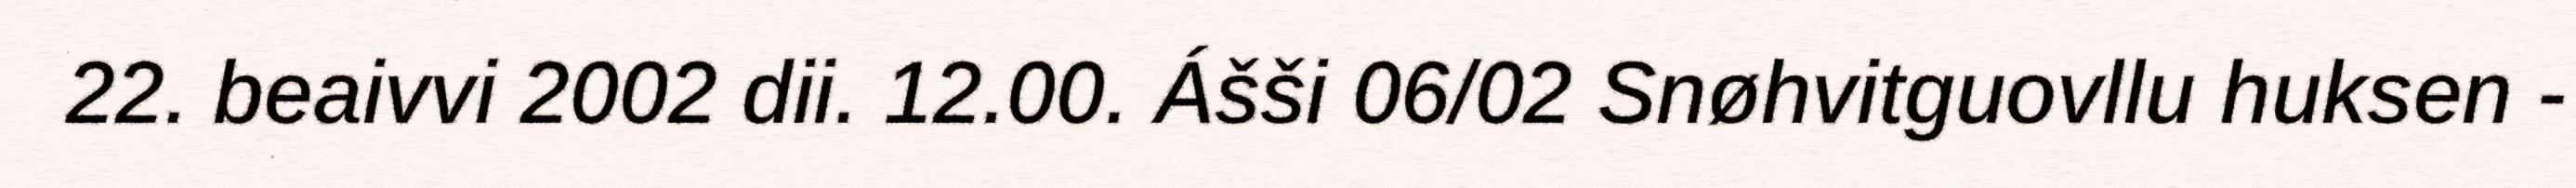
22. beaivvi 2002 dii. 12.00. Ášši 06/02 Snøhvitguovllu huksen -